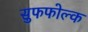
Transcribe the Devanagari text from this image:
सुफफोल्क